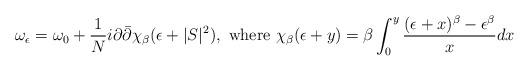
LaTeX: \begin{align*}\omega_{\epsilon}=\omega_{0}+\frac{1}{N}i\partial \bar{\partial}\chi_{\beta}(\epsilon+|S|^2),\ \textrm{where}\ \chi_{\beta}(\epsilon+y)=\beta\int^{y}_{0}\frac{(\epsilon+x)^{\beta}-\epsilon^{\beta}}{x}dx\end{align*}